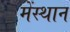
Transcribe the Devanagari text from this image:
मेंस्थान